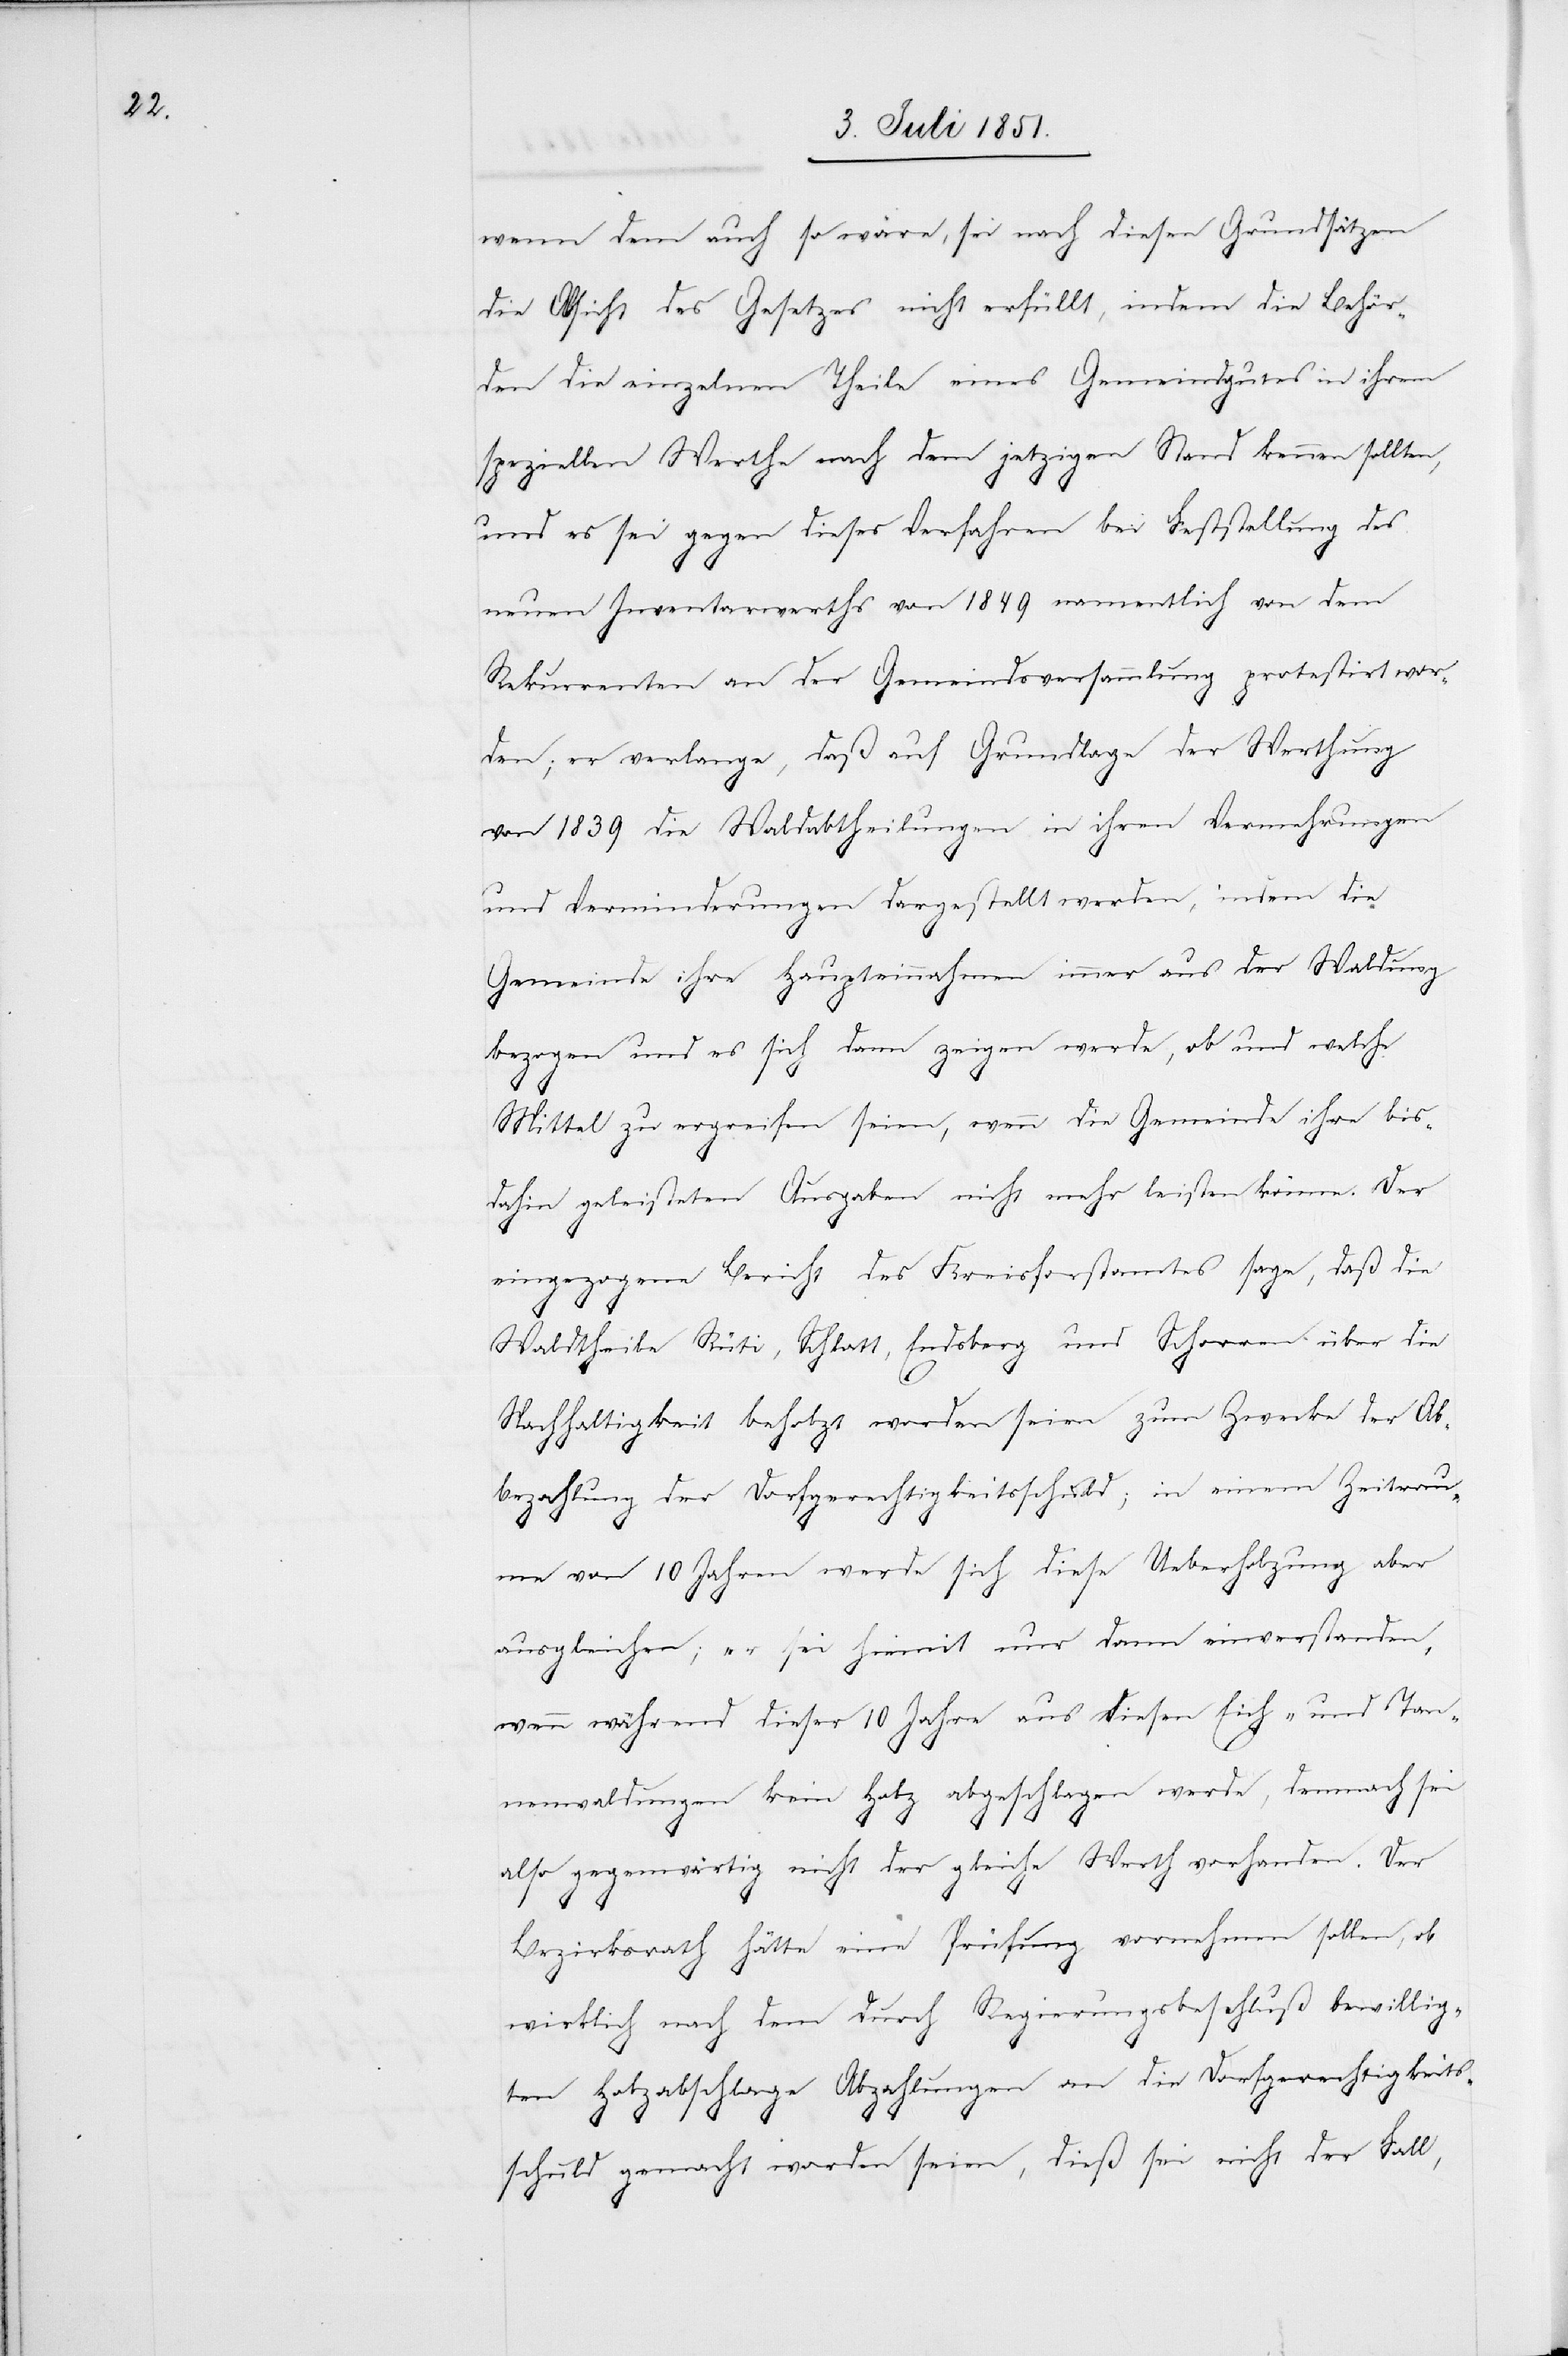
wenn dem auch so wäre, sei nach diesen Grundsätzen
die Absicht des Gesetzes nicht erfüllt, indem die Behör¬
den die einzelnen Theile eines Gemeindgutes in ihrem
speziellen Werthe nach dem jetzigen Stand kennen sollten,
und es sei gegen dieses Verfahren bei Feststellung des
neuen Inventarwerths von 1849 namentlich von dem
Rekurrenten an der Gemeindsversammlung protestirt wor¬
den; er verlange, daß auf Grundlage der Werthung
von 1839 die Waldabtheilungen in ihren Vermehrungen
und Verminderungen dargestellt werden, indem die
Gemeinde ihre Haupteinnahmen immer aus der Waldung
bezogen und es sich dann zeigen werde, ob und welche
Mittel zu ergreifen seien, wenn die Gemeinde ihre bis¬
dahin geleisteten Ausgaben nicht mehr leisten könne. Der
eingezogene Bericht des Kreisforstamtes sage, daß die
Waldtheile Rüti, Schlatt, Endsberg und Schorren über die
Nachhaltigkeit beholzt worden seien zum Zwecke der Ab¬
bezahlung der Dorfgerechtigkeitsschuld; in einem Zeitrau¬
me von 10 Jahren werde sich diese Ueberholzung aber
ausgleichen; er sei hiemit nur dann einverstanden,
wenn während dieser 10 Jahre aus diesen Eich- und Tan¬
nenwaldungen kein Holz abgeschlagen werde, demnach sei
also gegenwärtig nicht der gleiche Werth vorhanden. Der
Bezirksrath hätte eine Prüfung vornehmen sollen, ob
wirklich nach dem durch Regierungsbeschluß bewillig¬
ten Holzabschlage Abzahlungen an die Dorfgerechtigkeits¬
schuld gemacht worden seien, dieß sei nicht der Fall,